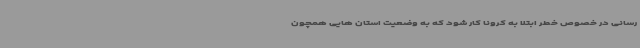
رسانی در خصوص خطر ابتلا به کرونا کار شود که به وضعیت استان هایی همچون